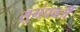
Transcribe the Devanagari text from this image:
सुगंधवर्ती